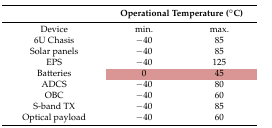
|  | <COLSPAN=2> Operational Temperature (°C) |
 | --- | --- | --- |
 | Device | min. | max. |
 | 6U Chasis | −40 | 85 |
 | Solar panels | −40 | 85 |
 | EPS | −40 | 125 |
 | Batteries | 0 | 45 |
 | ADCS | −40 | 80 |
 | OBC | −40 | 60 |
 | S-band TX | −40 | 85 |
 | Optical payload | −40 | 60 |